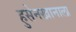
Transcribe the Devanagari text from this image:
हुसेनखानाला